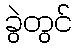
ခွဲတွင်